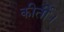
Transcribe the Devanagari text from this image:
कीर्ती।